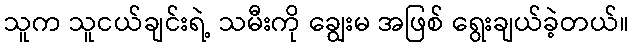
သူက သူငယ်ချင်းရဲ့ သမီးကို ချွေးမ အဖြစ် ရွေးချယ်ခဲ့တယ်။